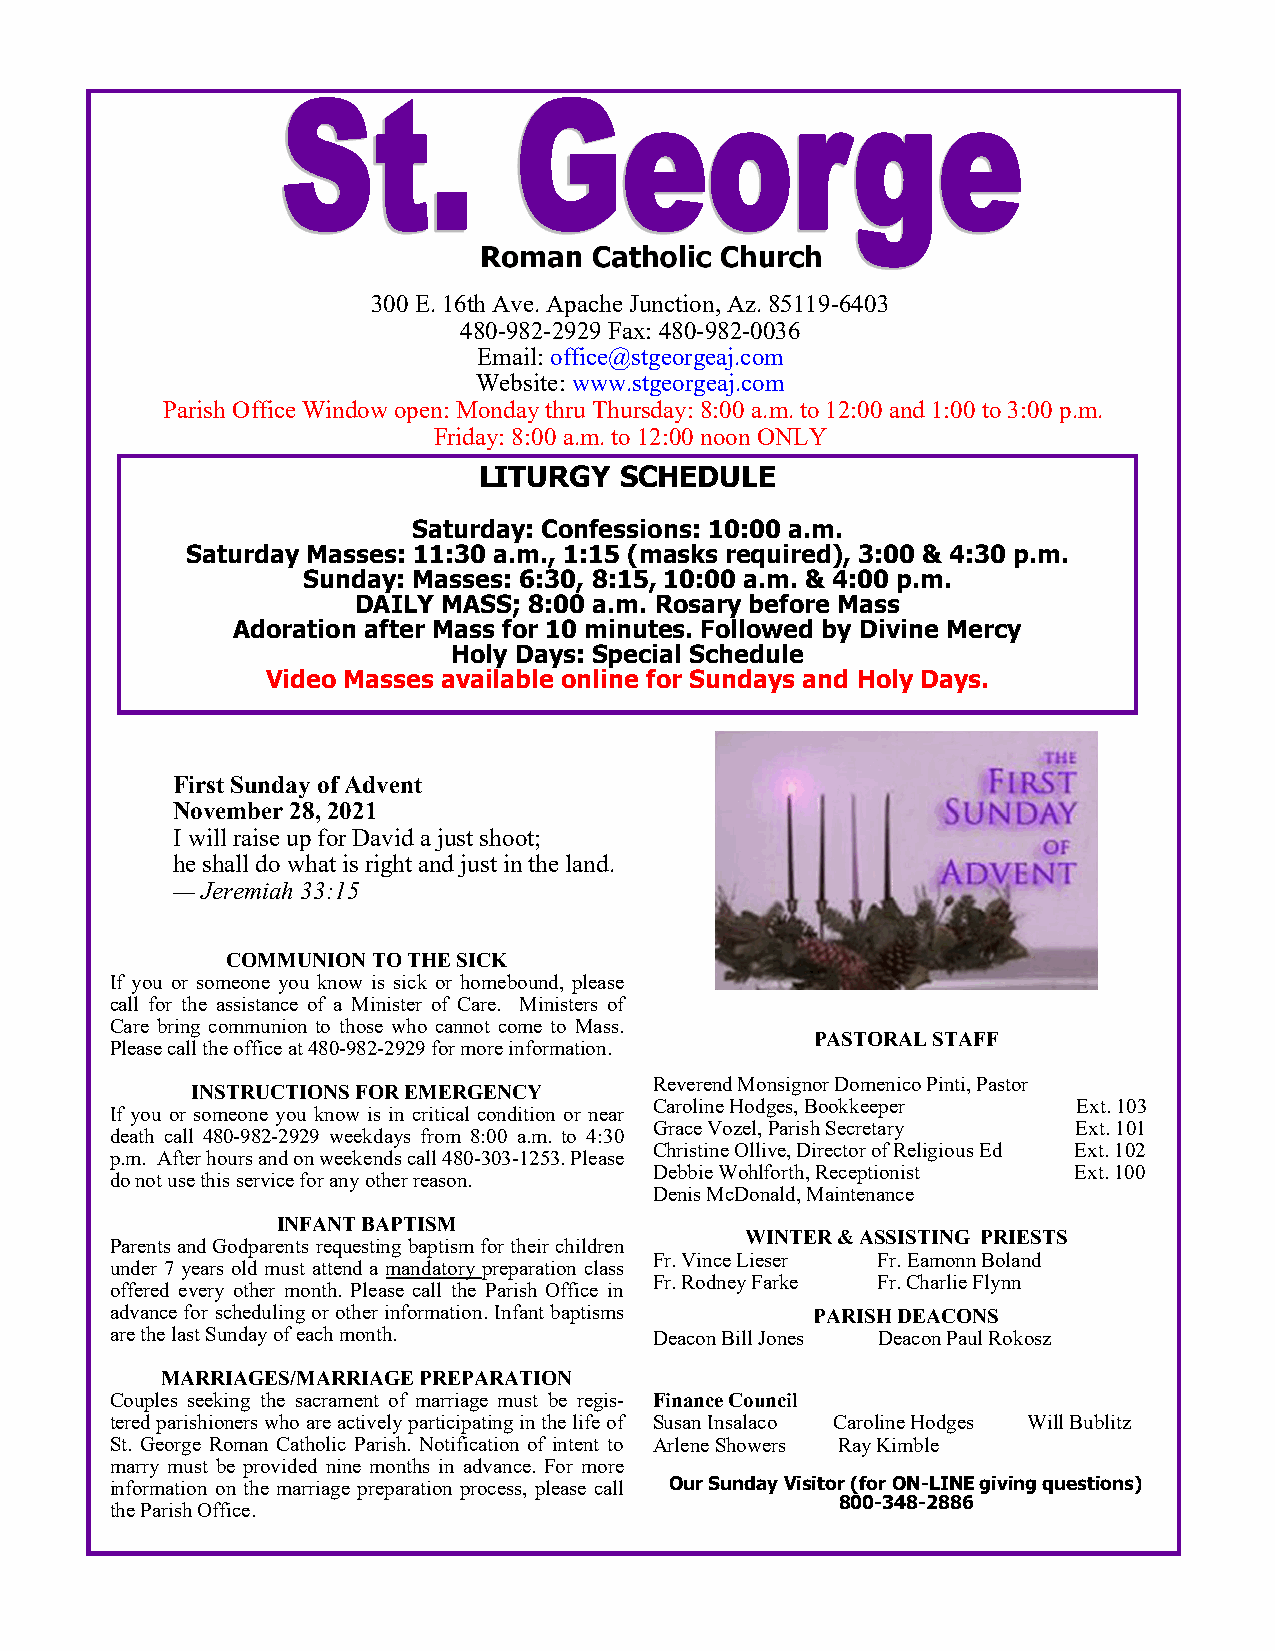
Roman  Catholic Church
 300 E. 16th Ave. Apache Junction, Az. 85119-6403
 480-982-2929 Fax: 480-982-0036
 Email: office@stgeorgeaj.com
 Website: www.stgeorgeaj.com
 Parish Office Window open: Monday thru Thursday: 8:00 a.m. to 12:00 and 1:00 to 3:00 p.m.
 Friday: 8:00 a.m. to 12:00 noon ONLY
 LITURGY  SCHEDULE
 Saturday: Confessions: 10:00 a.m.
 Saturday Masses: 11:30 a.m., 1:15 (masks required), 3:00 & 4:30 p.m.
 Sunday: Masses: 6:30, 8:15, 10:00 a.m. & 4:00 p.m.
 DAILY MASS; 8:00 a.m. Rosary before Mass
 Adoration after Mass for 10 minutes. Followed by Divine Mercy
 Holy Days: Special Schedule
 Video Masses available online for Sundays and Holy Days.
 First Sunday of Advent
 November 28, 2021
 I will raise up for David a just shoot;
 he shall do what is right and just in the land.
 — Jeremiah 33:15
 COMMUNION TO THE SICK
 If you or someone you know is sick or homebound, please
 call for the assistance of a Minister of Care. Ministers of
 Care bring communion to those who cannot come to Mass.
 PASTORAL STAFF
 Please call the office at 480-982-2929 for more information.
 Reverend Monsignor Domenico Pinti, Pastor
 INSTRUCTIONS FOR EMERGENCY
 Caroline Hodges, Bookkeeper Ext. 103
 If you or someone you know is in critical condition or near
 Grace Vozel, Parish Secretary Ext. 101
 death call 480-982-2929 weekdays from 8:00 a.m. to 4:30
 Christine Ollive, Director of Religious Ed Ext. 102
 p.m. After hours and on weekends call 480-303-1253. Please
 Debbie Wohlforth, Receptionist Ext. 100
 do not use this service for any other reason.
 Denis McDonald, Maintenance
 INFANT BAPTISM
 WINTER & ASSISTING PRIESTS
 Parents and Godparents requesting baptism for their children
 Fr. Vince Lieser Fr. Eamonn Boland
 under 7 years old must attend a mandatory preparation class
 Fr. Rodney Farke Fr. Charlie Flynn
 offered every other month. Please call the Parish Office in
 advance for scheduling or other information. Infant baptisms PARISH DEACONS
 are the last Sunday of each month.  Deacon Bill Jones Deacon Paul Rokosz
 MARRIAGES/MARRIAGE PREPARATION
 Couples seeking the sacrament of marriage must be regis- Finance Council
 tered parishioners who are actively participating in the life of Susan Insalaco Caroline Hodges Will Bublitz
 St. George Roman Catholic Parish. Notification of intent to Arlene Showers Ray Kimble
 marry must be provided nine months in advance. For more
 information on the marriage preparation process, please call Our Sunday Visitor (for ON-LINE giving questions)
 800-348-2886
 the Parish Office.